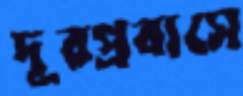
দূরপ্রবাসে